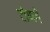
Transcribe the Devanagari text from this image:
टोणगे